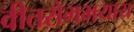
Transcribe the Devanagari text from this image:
वीतरोगभयाय